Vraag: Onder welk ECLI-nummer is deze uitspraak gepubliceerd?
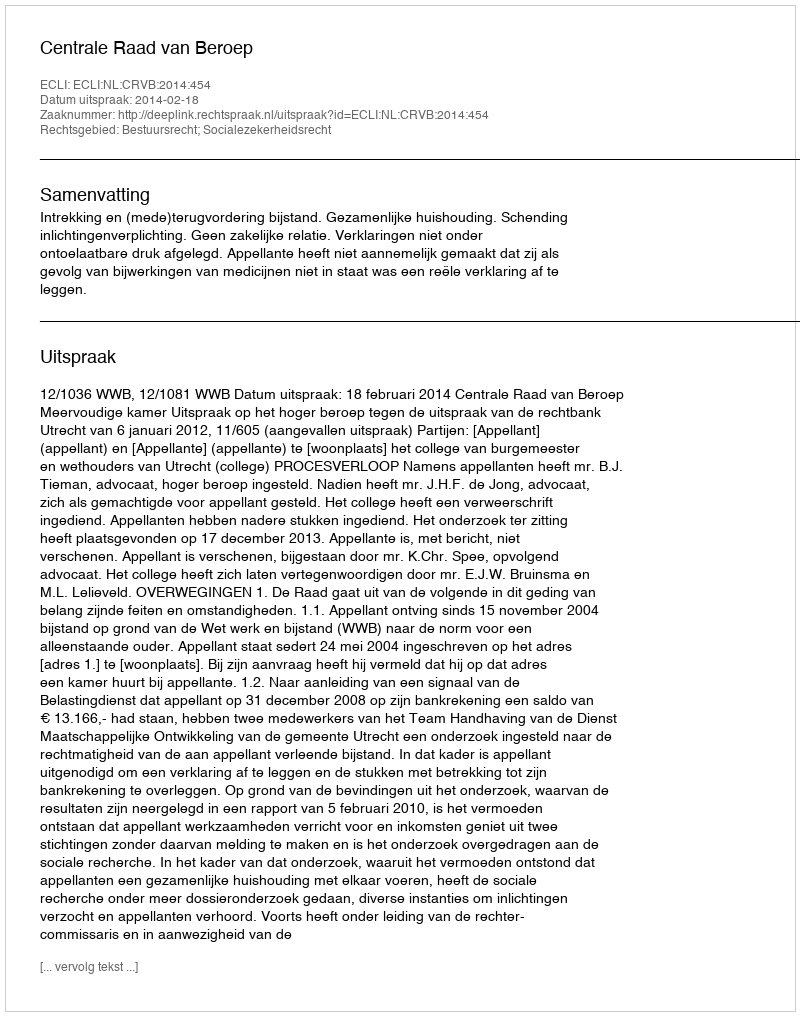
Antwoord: ECLI:NL:CRVB:2014:454